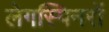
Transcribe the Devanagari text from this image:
लेगस्पिनरों